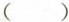
（）